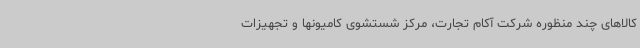
کالاهای چند منظوره شرکت آکام تجارت، مرکز شستشوی کامیونها و تجهیزات